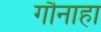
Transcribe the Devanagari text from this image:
गौनाहा